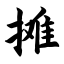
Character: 摊